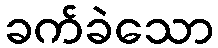
ခက်ခဲသော